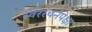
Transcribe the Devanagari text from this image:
स्वररचनेपेक्षा